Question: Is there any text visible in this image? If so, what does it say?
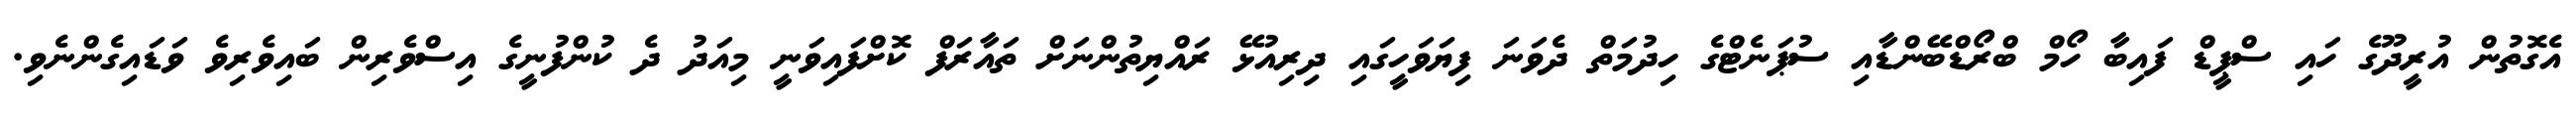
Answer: އެގޮތުން އުރީދޫގެ ހައި ސްޕީޑް ފައިބާ ހޯމް ބްރޯޑްބޭންޑާއި ސުޕަނެޓްގެ ހިދުމަތް ދެވަނަ ފިޔަވަހީގައި ދިރިއުޅޭ ރައްޔިތުންނަށް ތައާރަފް ކޮށްފައިވަނީ މިއަދު ދެ ކުންފުނީގެ އިސްވެރިން ބައިވެރިވެ ވަޑައިގެންނެވި.